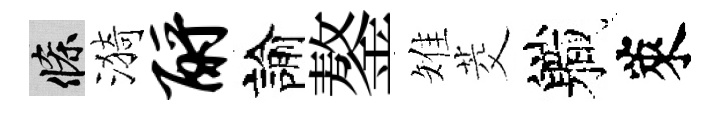
條漪酹諭鏊雉茭軄萊